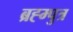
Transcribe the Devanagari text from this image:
ब्रह्म्पुत्र